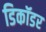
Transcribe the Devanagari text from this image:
डिकॉडर